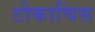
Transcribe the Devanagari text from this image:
टोकाचिस